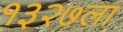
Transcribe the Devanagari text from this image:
१३२७ला